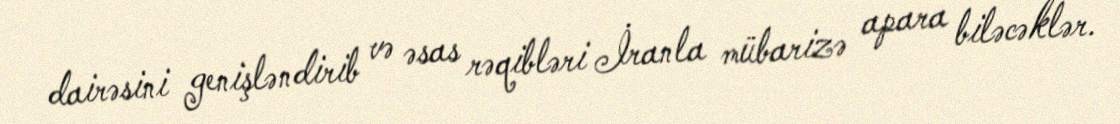
dairəsini genişləndirib və əsas rəqibləri İranla mübarizə apara biləcəklər.